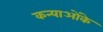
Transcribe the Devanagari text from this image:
कन्याओंके